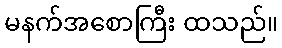
မနက်အစောကြီး ထသည်။